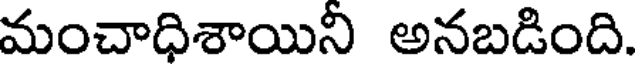
మంచాధిశాయిని అనబడింది.